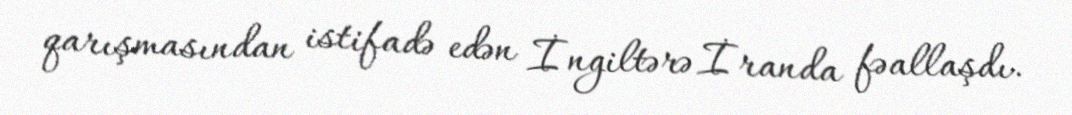
qarışmasından istifadə edən İngiltərə İranda fəallaşdı.